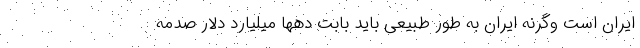
ایران است وگرنه ایران به طور طبیعی باید بابت دهها میلیارد دلار صدمه